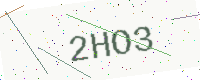
Text: 2HO3